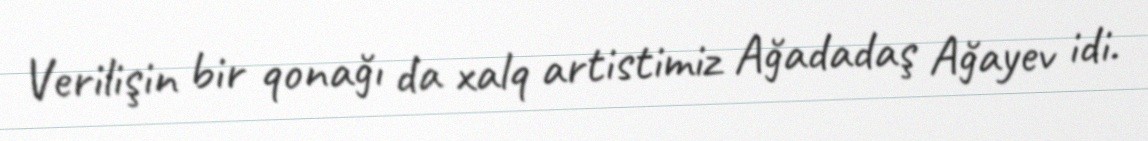
Verilişin bir qonağı da xalq artistimiz Ağadadaş Ağayev idi.